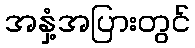
အနှံ့အပြားတွင်